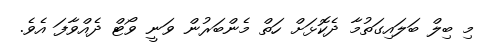
މި ބިލް ބަލައިގަތުމާ ދެކޮޅަށް ހަތް މެންބަރުން ވަނީ ވޯޓް ދެއްވާފަ އެވެ.